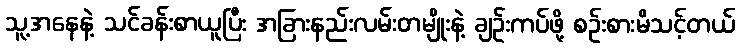
သူ့အနေနဲ့ သင်ခန်းစာယူပြီး အခြားနည်းလမ်းတမျိုးနဲ့ ချဉ်းကပ်ဖို့ စဉ်းစားမိသင့်တယ်